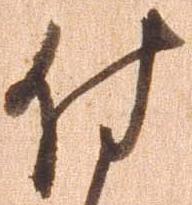
付